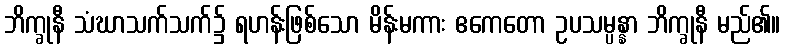
ဘိက္ခုနီ သံဃာသက်သက်၌ ရဟန်းဖြစ်သော မိန်းမကား ဧကေတော ဥပသမ္ပန္နာ ဘိက္ခုနီ မည်၏။